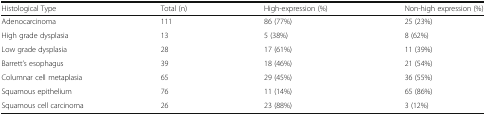
<table><thead><tr><td><b>Histological Type</b></td><td><b>Total (n)</b></td><td><b>High-expression (%)</b></td><td><b>Non-high expression (%)</b></td></tr></thead><tbody><tr><td>Adenocarcinoma</td><td>111</td><td>86 (77%)</td><td>25 (23%)</td></tr><tr><td>High grade dysplasia</td><td>13</td><td>5 (38%)</td><td>8 (62%)</td></tr><tr><td>Low grade dysplasia</td><td>28</td><td>17 (61%)</td><td>11 (39%)</td></tr><tr><td>Barrett’s esophagus</td><td>39</td><td>18 (46%)</td><td>21 (54%)</td></tr><tr><td>Columnar cell metaplasia</td><td>65</td><td>29 (45%)</td><td>36 (55%)</td></tr><tr><td>Squamous epithelium</td><td>76</td><td>11 (14%)</td><td>65 (86%)</td></tr><tr><td>Squamous cell carcinoma</td><td>26</td><td>23 (88%)</td><td>3 (12%)</td></tr></tbody></table>